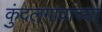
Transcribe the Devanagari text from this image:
कुंदलगावाच्या